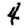
Digit: 4